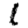
Digit: 1